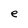
Character: e